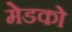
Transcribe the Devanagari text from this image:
मेडको